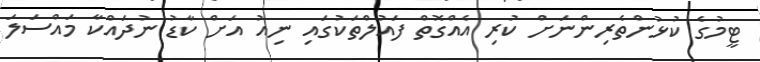
ޓީމުގެ ކުޅުންތެރިންނަށް ކުރި އެއްގޮތް ފައުލްތަކުގައި ނިއު އަށް ކާޑު ނުދައްކާ މައްސަލަ